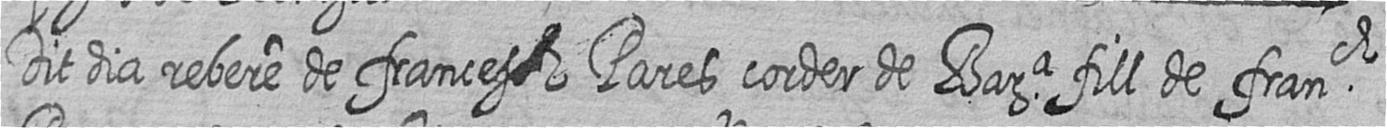
Dit dia rebere de frances # Pares corder de Bara fill de franch